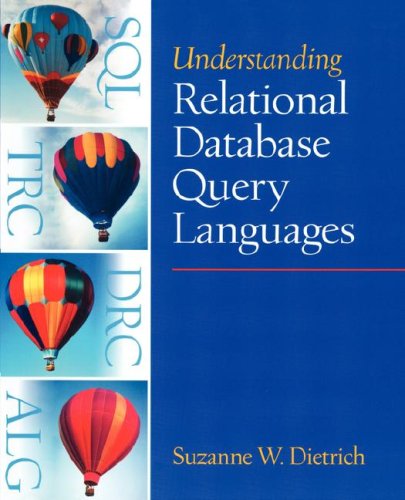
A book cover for Understanding Relational Database Query Languages; Suzanne W Dietrich; Computers & Technology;